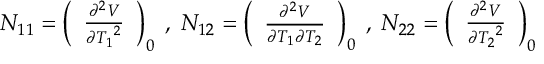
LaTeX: N _ { 1 1 } = \left( \begin{array} { l } { { { \frac { { \partial ^ { 2 } } V } { \partial { T _ { 1 } } ^ { 2 } } } } } \end{array} \right) _ { 0 } \; , \; N _ { 1 2 } = \left( \begin{array} { l } { { { \frac { { \partial ^ { 2 } } V } { \partial { T _ { 1 } } \partial { T _ { 2 } } } } } } \end{array} \right) _ { 0 } \; , \; N _ { 2 2 } = \left( \begin{array} { l } { { { \frac { { \partial ^ { 2 } } V } { \partial { T _ { 2 } } ^ { 2 } } } } } \end{array} \right) _ { 0 }